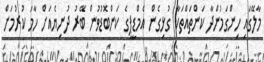
މާލޭގައި ހިންގަމުންދާ ކަންތައްތަކާ ގުޅިގެން އެމްޑީޕީގެ ކަންބޮޑުވުން ބޭރު ދުނިޔެއަށް ހާމަ ކުރުމަށް